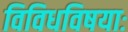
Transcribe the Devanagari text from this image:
विविधविषयाः